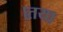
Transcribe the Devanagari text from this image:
।तया